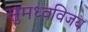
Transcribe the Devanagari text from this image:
सुमध्वविजय